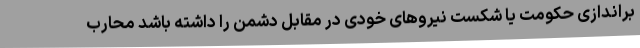
براندازی حکومت یا شکست نیروهای خودی در مقابل دشمن را داشته باشد محارب